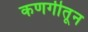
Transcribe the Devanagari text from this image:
कणगीतून